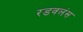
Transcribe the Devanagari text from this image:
रडवलंस